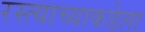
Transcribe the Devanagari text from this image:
रस्त्याच्याकडेला